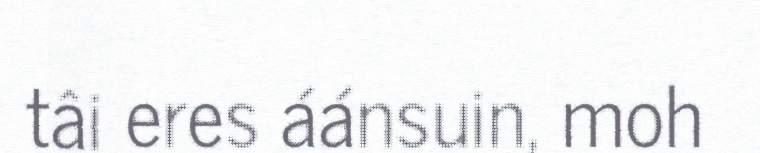
tâi eres áánsuin, moh